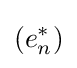
\left(e_{n}^{*}\right)